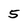
Character: 5